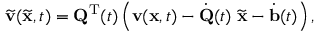
\widetilde { { \mathbf v } } ( \widetilde { { \mathbf x } } , t ) = { \mathbf Q } ^ { { \mathrm T } } ( t ) \left( { \mathbf v } ( { \mathbf x } , t ) - \dot { { \mathbf Q } } ( t ) \; \widetilde { { \mathbf x } } - \dot { { \mathbf b } } ( t ) \right) ,